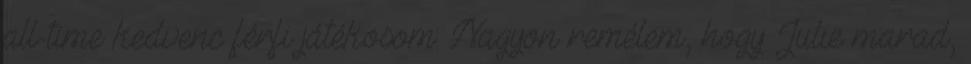
all-time kedvenc férfi játékosom: Nagyon remélem, hogy Julie marad,